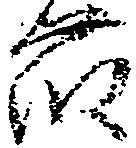
藤